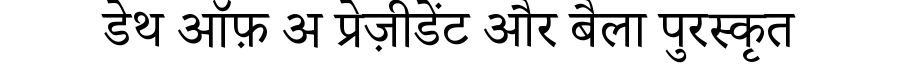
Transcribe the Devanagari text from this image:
डेथ ऑफ़ अ प्रेज़ीडेंट और बैला पुरस्कृत